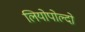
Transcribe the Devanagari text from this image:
लियोपोल्दो